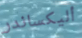
أليكساندر